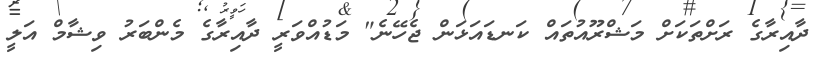
ދާއިރާގެ ރަށްތަކަށް މަޝްރޫއުތައް ކަނޑައަޅަން ޖެހޭނެ" މަޑުއްވަރީ ދާއިރާގެ މެންބަރު ވިޝާމް އަލީ